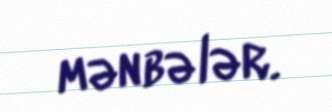
mənbələr.